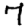
Digit: 7